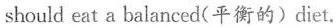
should eat a balanced(平衡的)diet.